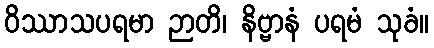
ဝိဿာသပရမာ ဉာတိ၊ နိဗ္ဗာနံ ပရမံ သုခံ။